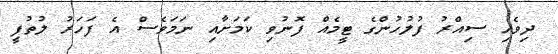
ދިވެހި ސިއްރު ފުލުހުންގެ ޓީމެއް ފޮނުވި ކަމަށާއި ނަމަވެސް އެ ފަހަރު ލުތުފީ